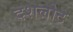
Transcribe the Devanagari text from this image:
दशलोट